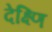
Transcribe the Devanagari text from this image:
देक्ष्णि